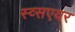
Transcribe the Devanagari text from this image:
स्व्सएयर